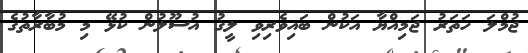
ޖުމްލަ ހަތަރު ޖަމިއްޔާ އަކުން ބައިވެރިވި ލީގު އުސޫލުން ކުޅޭ މި މުބާރާތުގެ